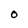
Character: O